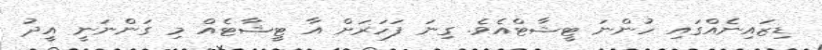
ޑިޒައިނެއްގައި ހުންނަ ޓީޝާޓްއެވެ. ގިނަ ފަހަރަށް އާ ޓީޝާޓެއް މި ގަންނަނީ އީދު